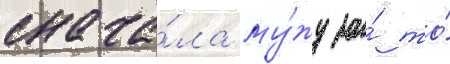
снача́ла му́жу за́ то́